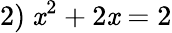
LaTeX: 2)\ \mathit{x}^{2}+2\mathit{x}=2